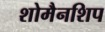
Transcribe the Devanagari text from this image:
शोमैनशिप